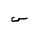
Letter: _sin